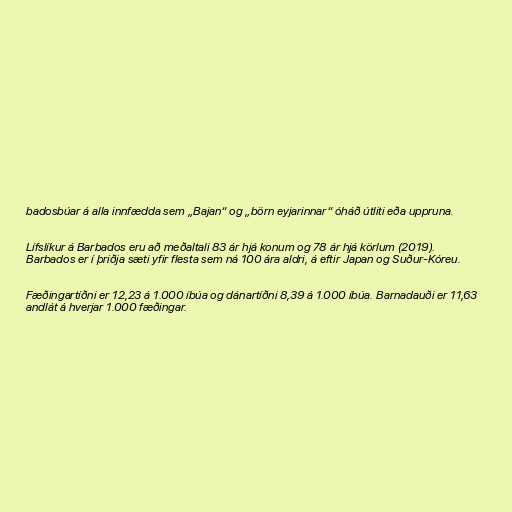
badosbúar á alla innfædda sem „Bajan“ og „börn eyjarinnar“ óháð útliti eða uppruna.

Lífslíkur á Barbados eru að meðaltali 83 ár hjá konum og 78 ár hjá körlum (2019).
Barbados er í þriðja sæti yfir flesta sem ná 100 ára aldri, á eftir Japan og Suður-Kóreu.

Fæðingartíðni er 12,23 á 1.000 íbúa og dánartíðni 8,39 á 1.000 íbúa. Barnadauði er 11,63
andlát á hverjar 1.000 fæðingar.